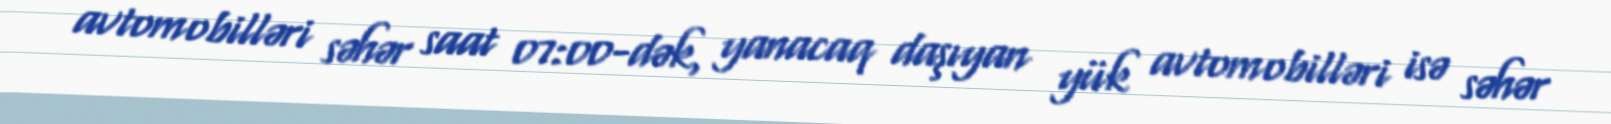
avtomobilləri səhər saat 07:00-dək, yanacaq daşıyan yük avtomobilləri isə səhər